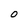
Character: 0